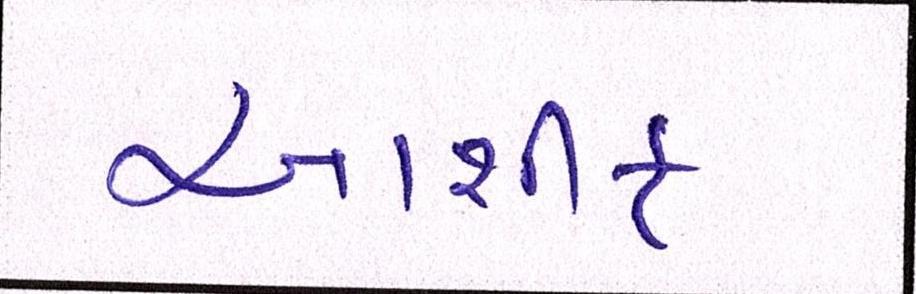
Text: આશીફ